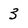
Character: 3